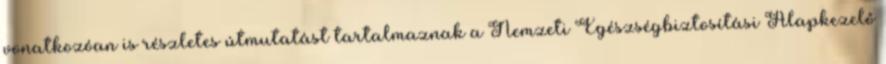
vonatkozóan is részletes útmutatást tartalmaznak a Nemzeti Egészségbiztosítási Alapkezelő